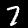
Label: 7